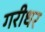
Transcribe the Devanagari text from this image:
गरीधर